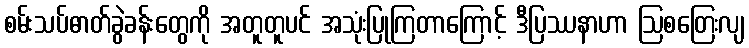
စမ်းသပ်ဓာတ်ခွဲခန်းတွေကို အတူတူပင် အသုံးပြုကြတာကြောင့် ဒီပြဿနာဟာ ဩစတြေးလျ